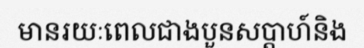
មានរយៈពេលជាងបួនសប្តាហ៍និង